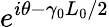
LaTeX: e^{i\theta-\gamma_{0}L_{0}/2}